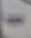
Text: -